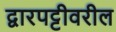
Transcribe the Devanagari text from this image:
द्वारपट्टीवरील